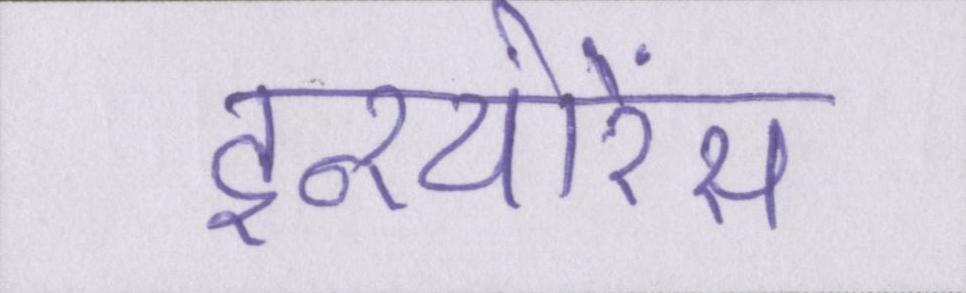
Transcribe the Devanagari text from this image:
इन्श्योरेंस